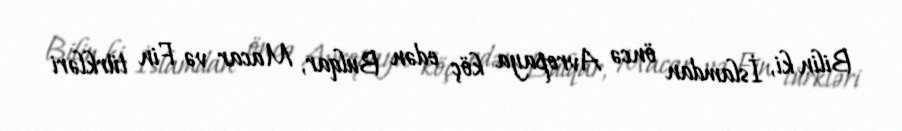
Bilin ki, İslamdan öncə Avropaya köç edən Bulqar, Macar və Fin türkləri